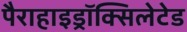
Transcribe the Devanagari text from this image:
पैराहाइड्रॉक्सिलेटेड